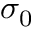
\sigma _ { 0 }